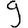
Digit: 9